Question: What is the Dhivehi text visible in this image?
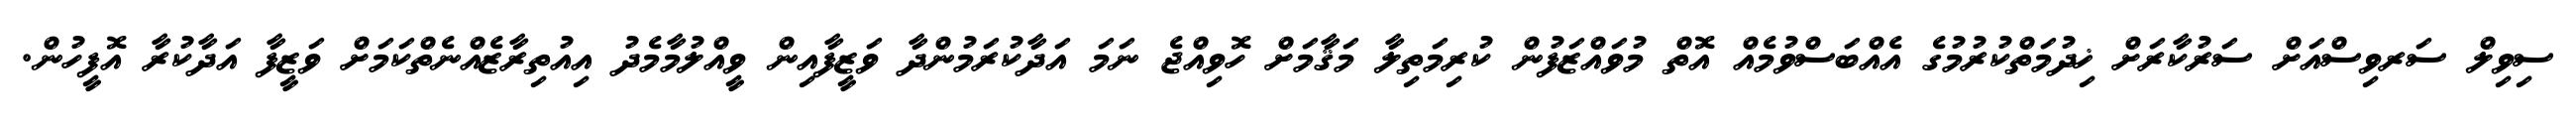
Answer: ސިވިލް ސަރވިސްއަށް ސަރުކާރަށް ޚިދުމަތްކުރުމުގެ އެއްބަސްވުމެއް އޮތް މުވައްޒަފުން ކުރިމަތިލާ މަޤާމަށް ހޮވިއްޖެ ނަމަ އަދާކުރަމުންދާ ވަޒީފާއިން ވީއްލުމާމެދު އިއުތިރާޒެއްނެތްކަމަށް ވަޒީފާ އަދާކުރާ އޮފީހުން.